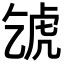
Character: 𧆦